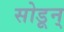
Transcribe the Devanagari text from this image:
सोडून्